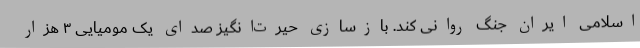
اسلامی ایران جنگ روانی کند. بازسازی حیرت‌انگیز صدای یک مومیایی ۳ هزار